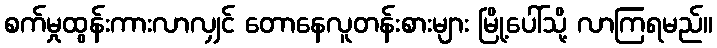
စက်မှုထွန်းကားလာလျှင် တောနေလူတန်းစားများ မြို့ပေါ်သို့ လာကြရမည်။